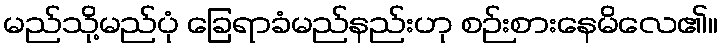
မည်သို့မည်ပုံ ခြေရာခံမည်နည်းဟု စဉ်းစားနေမိလေ၏။